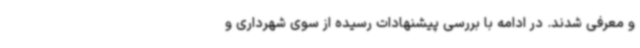
و معرفی شدند. در ادامه با بررسی پیشنهادات رسیده از سوی شهرداری و